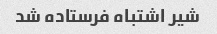
شیر اشتباه فرستاده شد